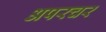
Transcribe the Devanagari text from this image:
अपरचर